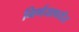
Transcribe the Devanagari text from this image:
निर्णयापर्यंत